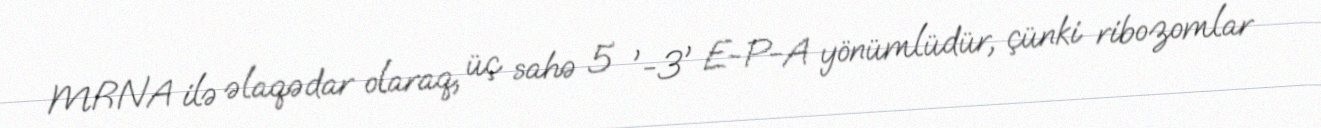
MRNA ilə əlaqədar olaraq, üç sahə 5 '-3' E-P-A yönümlüdür, çünki ribozomlar